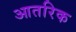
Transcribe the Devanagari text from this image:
आतरिक